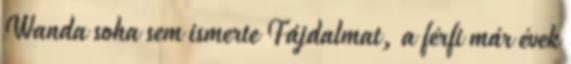
Wanda soha sem ismerte Fájdalmat, a férfi már évek